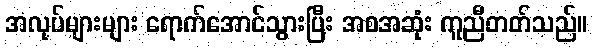
အလုပ်များများ ရောက်အောင်သွားပြီး အစအဆုံး ကူညီတတ်သည်။